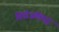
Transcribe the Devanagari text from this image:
विंडीजविरुद्ध